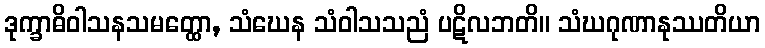
ဒုက္ခာဓိဝါသနသမတ္ထော, သံဃေန သံဝါသသညံ ပဋိလဘတိ။ သံဃဂုဏာနုဿတိယာ